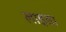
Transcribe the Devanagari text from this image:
लाइडा